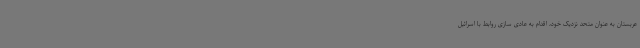
عربستان به عنوان متحد نزدیک خود، اقدام به عادی سازی روابط با اسرائیل